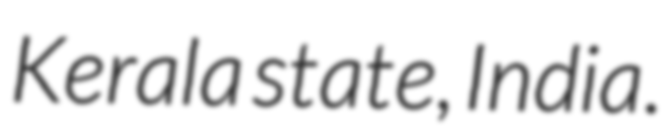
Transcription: Kerala state, India.